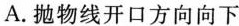
A.抛物线开口方向向下